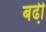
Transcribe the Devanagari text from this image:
बढी़